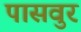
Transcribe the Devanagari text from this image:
पासवुर